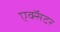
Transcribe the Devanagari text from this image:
एक्सॅटर